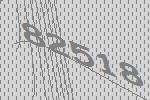
82518